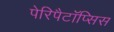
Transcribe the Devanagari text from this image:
पेरिपैटॉप्सिस